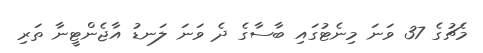
މެޗުގެ 37 ވަނަ މިނެޓުގައި ބާސާގެ ދެ ވަނަ ލަނޑު އާޖެންޓީނާ ތަރި